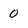
Character: 0